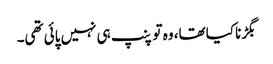
بگڑنا کیا تھا، وہ تو پنپ ہی نہیں پائی تھی۔